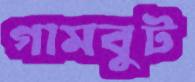
গামবুট